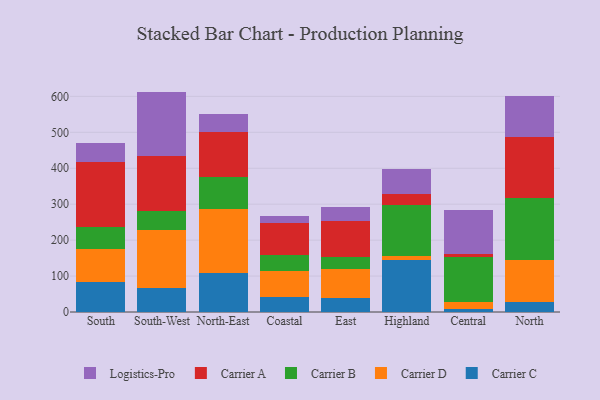
{"axis": {"x": "Region", "y": "Operating Costs (USD K)"}, "legend": ["Carrier A", "Carrier B", "Carrier C", "Carrier D", "Logistics-Pro"], "data": [{"x": "South", "y": 84.2, "type": "Carrier C"}, {"x": "South", "y": 91.3, "type": "Carrier D"}, {"x": "South", "y": 61.1, "type": "Carrier B"}, {"x": "South", "y": 179.7, "type": "Carrier A"}, {"x": "South", "y": 52.7, "type": "Logistics-Pro"}, {"x": "South-West", "y": 65.7, "type": "Carrier C"}, {"x": "South-West", "y": 162.0, "type": "Carrier D"}, {"x": "South-West", "y": 53.9, "type": "Carrier B"}, {"x": "South-West", "y": 152.1, "type": "Carrier A"}, {"x": "South-West", "y": 179.6, "type": "Logistics-Pro"}, {"x": "North-East", "y": 108.3, "type": "Carrier C"}, {"x": "North-East", "y": 177.4, "type": "Carrier D"}, {"x": "North-East", "y": 90.6, "type": "Carrier B"}, {"x": "North-East", "y": 125.9, "type": "Carrier A"}, {"x": "North-East", "y": 47.7, "type": "Logistics-Pro"}, {"x": "Coastal", "y": 40.7, "type": "Carrier C"}, {"x": "Coastal", "y": 73.1, "type": "Carrier D"}, {"x": "Coastal", "y": 44.8, "type": "Carrier B"}, {"x": "Coastal", "y": 89.4, "type": "Carrier A"}, {"x": "Coastal", "y": 18.8, "type": "Logistics-Pro"}, {"x": "East", "y": 39.9, "type": "Carrier C"}, {"x": "East", "y": 80.1, "type": "Carrier D"}, {"x": "East", "y": 32.4, "type": "Carrier B"}, {"x": "East", "y": 101.7, "type": "Carrier A"}, {"x": "East", "y": 38.6, "type": "Logistics-Pro"}, {"x": "Highland", "y": 144.7, "type": "Carrier C"}, {"x": "Highland", "y": 12.4, "type": "Carrier D"}, {"x": "Highland", "y": 140.3, "type": "Carrier B"}, {"x": "Highland", "y": 30.7, "type": "Carrier A"}, {"x": "Highland", "y": 69.8, "type": "Logistics-Pro"}, {"x": "Central", "y": 9.4, "type": "Carrier C"}, {"x": "Central", "y": 18.9, "type": "Carrier D"}, {"x": "Central", "y": 123.7, "type": "Carrier B"}, {"x": "Central", "y": 10.5, "type": "Carrier A"}, {"x": "Central", "y": 120.7, "type": "Logistics-Pro"}, {"x": "North", "y": 27.2, "type": "Carrier C"}, {"x": "North", "y": 118.6, "type": "Carrier D"}, {"x": "North", "y": 171.8, "type": "Carrier B"}, {"x": "North", "y": 168.0, "type": "Carrier A"}, {"x": "North", "y": 115.1, "type": "Logistics-Pro"}]}